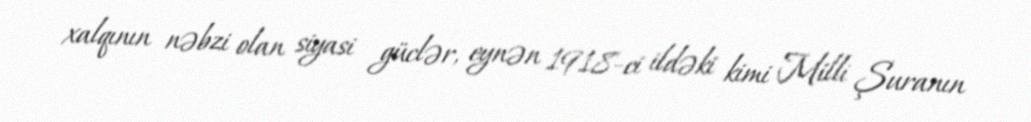
xalqının nəbzi olan siyasi güclər, eynən 1918-ci ildəki kimi Milli Şuranın